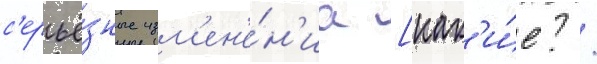
с'ерьё́зные изм'ен'е́н'иа [как'и́е? /